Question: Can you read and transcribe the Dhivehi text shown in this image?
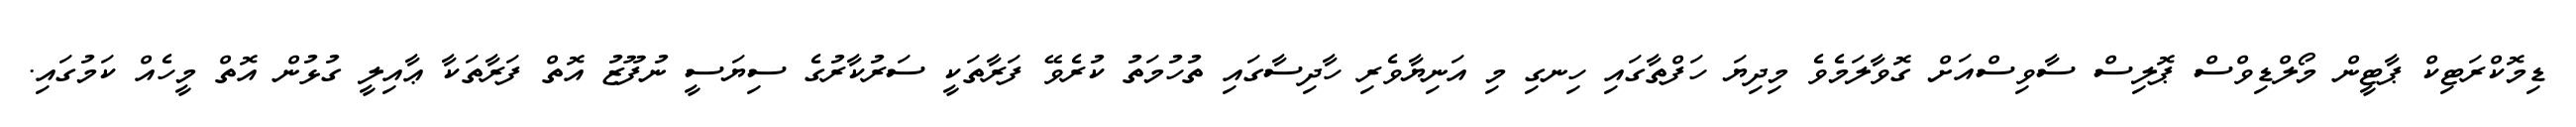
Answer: ޑިމޮކްރަޓިކް ޕާޓީން މޯލްޑިވްސް ޕޮލިސް ސާވިސްއަށް ގޮވާލަމެވެ މިދިޔަ ހަފްތާގައި ހިނގި މި އަނިޔާވެރި ހާދިސާގައި ތުހުމަތު ކުރެވޭ ފަރާތަކީ ސަރުކާރުގެ ސިޔަސީ ނުފޫޒު އޮތް ފަރާތަކާ ޢާއިލީ ގުޅުން އޮތް މީހެއް ކަމުގައި.